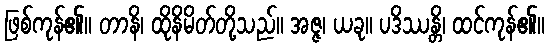
ဖြစ်ကုန်၏။ တာနိ၊ ထိုနိမိတ်တို့သည်။ အဇ္ဇ၊ ယခု။ ပဒိဿန္တိ၊ ထင်ကုန်၏။